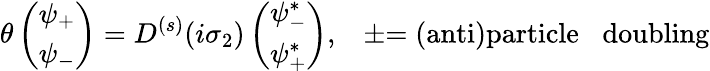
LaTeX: \theta\left(\begin{array}{c}{{\psi_{+}}}\\ {{\psi_{-}}}\end{array}\right)=D^{(s)}(i\sigma_{2})\left(\begin{array}{c}{{\psi_{-}^{*}}}\\ {{\psi_{+}^{*}}}\end{array}\right),\, \, \, \, \, \pm\mathrm{=(anti)particle\thinspace~\thinspace~doubling}